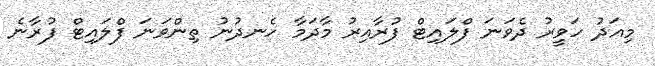
މިއަދު ހަވީރު ދެވަނަ ފްލައިޓް ފުރާއިރު މާދަމާ ހެނދުނު ތިންވަނަ ފްލައިޓް ފުރާނެ